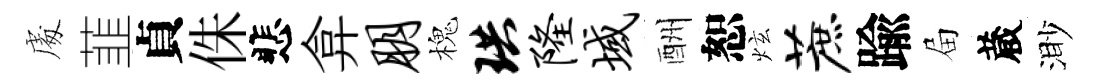
䖏韮貞侏悲弇朋槐珙隆域酬恕炫蔗踰屇蔵渺